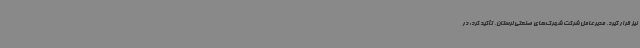
نیز قرار گیرد. مدیرعامل شرکت شهرک‌های صنعتی لرستان، تأکید کرد: در